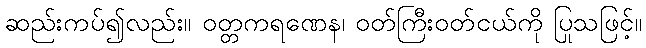
ဆည်းကပ်၍လည်း။ ဝတ္တကရဏေန၊ ဝတ်ကြီးဝတ်ငယ်ကို ပြုသဖြင့်။